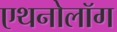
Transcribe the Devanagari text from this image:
एथनोलॉग